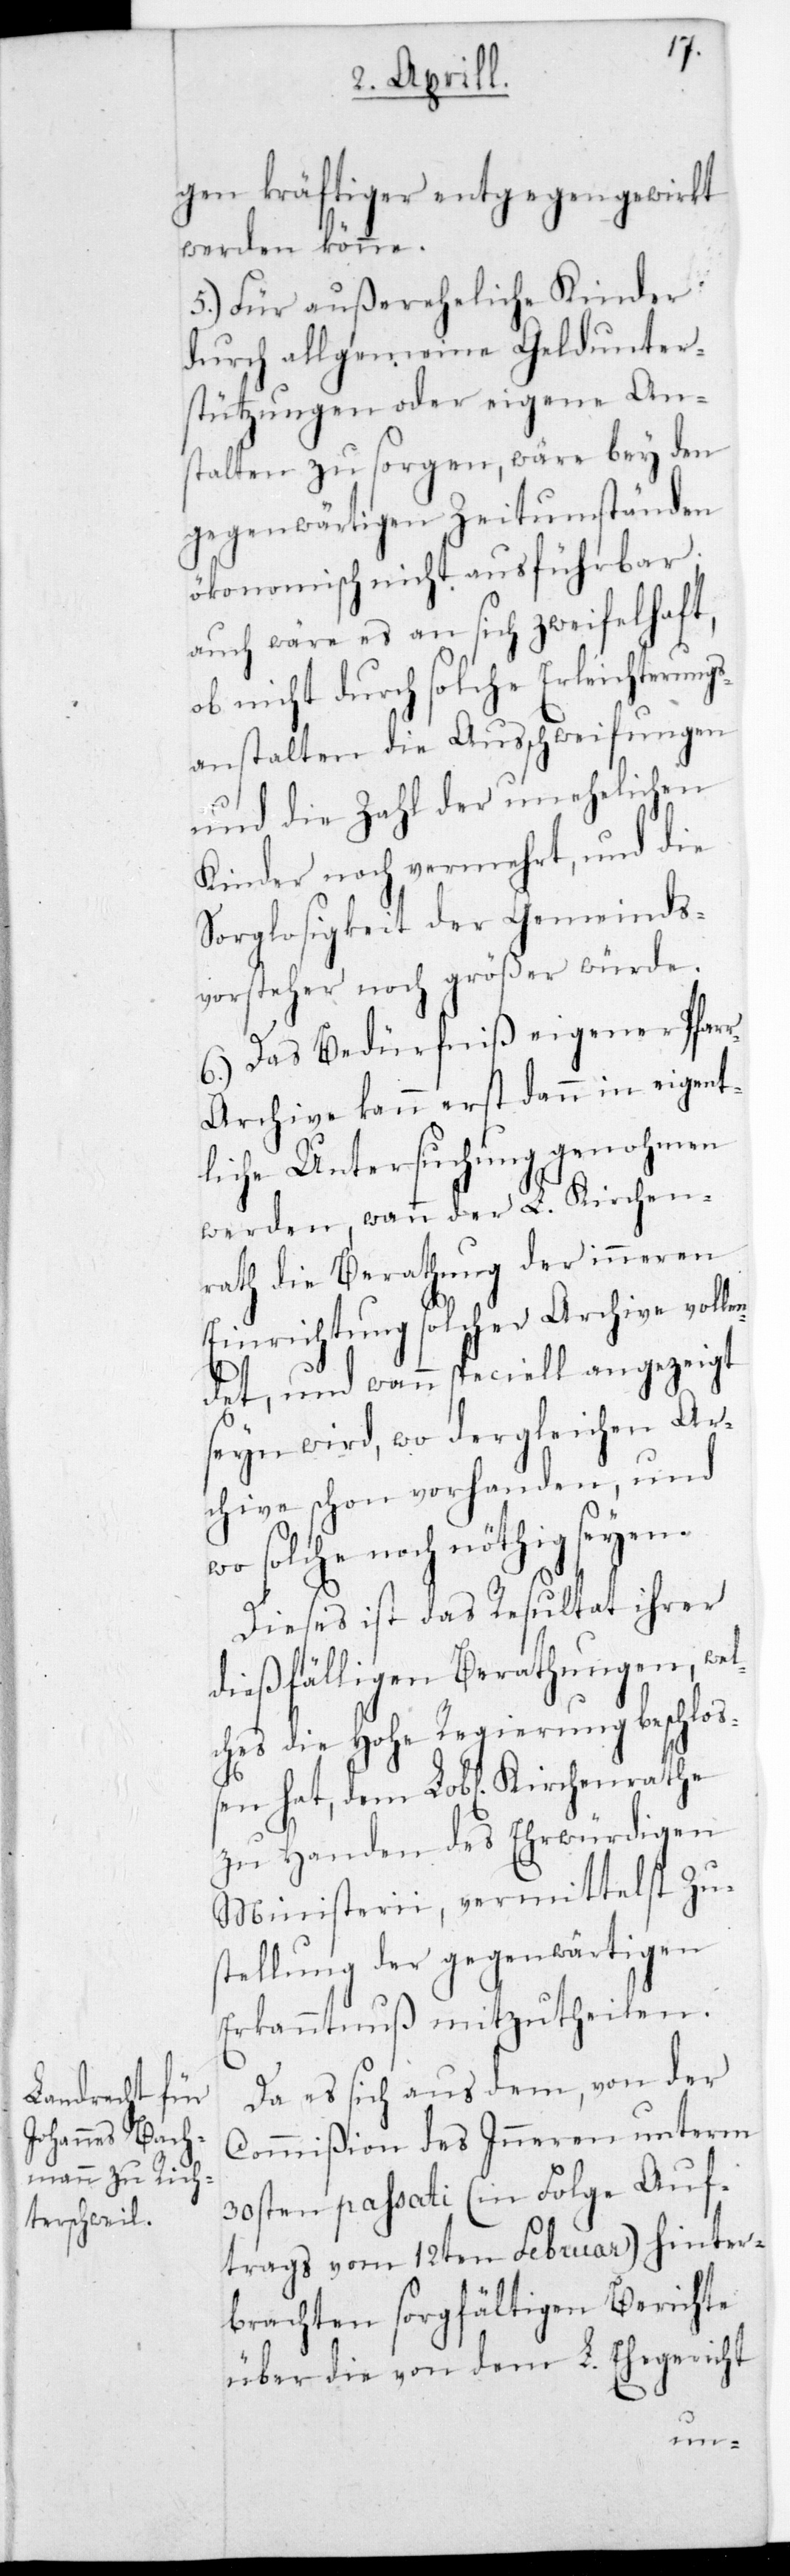
gen kräftiger entgegengewirkt
werden könne.
5.) Für außereheliche Kinder
durch allgemeine Geldunter¬
stützungen oder eigene An¬
stalten zu sorgen, wäre bey den
gegenwärtigen Zeitumständen
ökonomisch nicht ausführbar;
auch wäre es an sich zweifelhaft,
ob nicht durch solche Erleichterung¬
s-Anstalten die Ausschweifungen
und die Zahl der unehelichen
Kinder noch vermehrt, und die
Sorglosigkeit der Gemeinds¬
vorsteher noch größer würde.
6.) Das Bedürfniß eigener Pfar¬
r-Archive kann erst dann in eigent¬
liche Untersuchung genohmen
werden, wann der L. Kirchen¬
rath die Berathung der inneren
Einrichtung solcher Archive volle¬
ndet, und wann speciell angezeigt
sein wird, wo dergleichen Ar¬
chive schon vorhanden, und
wo solche noch nöthig seyen.
Dieses ist das Resultat ihrer
dießfälligen Berathungen, we¬
lches die Hohe Regierung beschloß¬
en hat, dem L. Kirchenrate
zu Handen des Ehrwürdigen
Ministerii, vermittelst Zu¬
stellung der gegenwärtigen
Erkanntnuß mitzutheilen.
Da es sich aus dem, von der
Commißion des Inneren unterm
30sten passati (in Folge Auf¬
trags vom 12ten Februar) hinter¬
brachten sorgfältigen Berichte
über die von dem L. Ehegericht